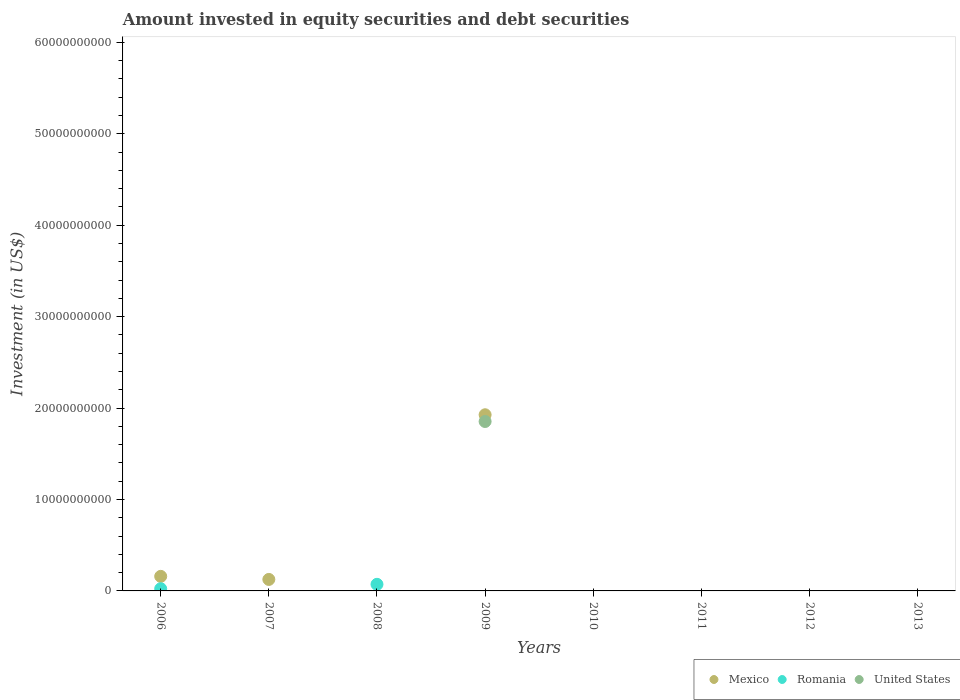
| Years | Mexico | Romania | United States |
 | --- | --- | --- | --- |
 | 2006 | 1.59e+09 | 2.39e+08 | -6.33e+11 |
 | 2007 | 1.26e+09 | -6.23e+08 | -7.76e+11 |
 | 2008 | -1.88e+10 | 7.22e+08 | -8.08e+11 |
 | 2009 | 1.93e+10 | -7.63e+08 | 1.85e+10 |
 | 2010 | -3.31e+10 | -1.27e+09 | -6.21e+11 |
 | 2011 | -4.79e+10 | -2.43e+09 | -2.26e+11 |
 | 2012 | -7.14e+10 | -4.62e+09 | -5.08e+11 |
 | 2013 | -4.87e+10 | -7.18e+09 | -2.57e+10 |